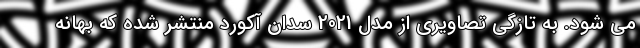
می شود. به تازگی تصاویری از مدل 2021 سدان آکورد منتشر شده که بهانه